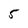
Character: 5